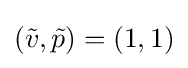
({\tilde {v}},{\tilde {p}})=(1,1)